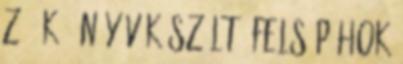
z ő k ö n y v Készült: Felsőpáhok